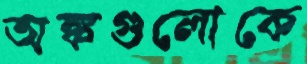
অঙ্কগুলোকে